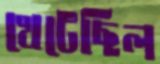
খেটেছিল